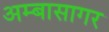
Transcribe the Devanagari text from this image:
अम्बासागर